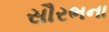
સૌરભના